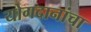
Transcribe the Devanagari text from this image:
योगदानांचा